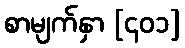
စာမျက်နှာ [၄၀၁]